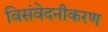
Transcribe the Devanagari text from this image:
विसंवेदनीकरण